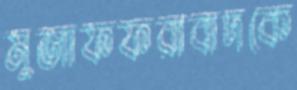
মুজাফফরাবাদকে